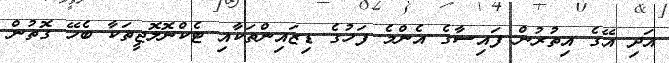
އަދި އޭގެ އިތުރުން ފައިސާގެ އެންމެ ފަހުގެ ޑިޒައިންތަކާއި ޓެކްނޮލޮޖީތަކާ ބެހޭ ގޮތުން